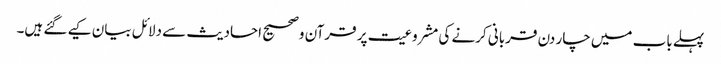
پہلے باب میں چار دن قربانی کرنے کی مشروعیت پر قرآن وصحیح احادیث سے دلائل بیان کیے گئے ہیں۔